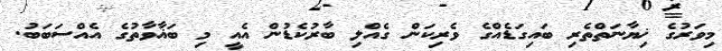
މިވަރުގެ ޚިޔާނަތްތެރި ބައިގަޑެއްގެ ވެރިކަން ގެއްލި ބާރުކެޑުން އެއީ މި ބަޣާވާތުގެ އެއްސަބަބު.